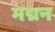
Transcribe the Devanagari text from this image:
मद्मन